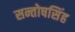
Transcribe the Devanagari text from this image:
सन्तोषसिंह